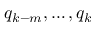
q _ { k - m } , \ldots , q _ { k }